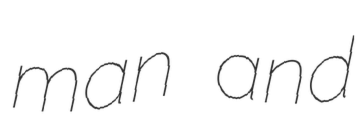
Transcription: man and